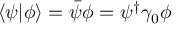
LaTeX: \langle \psi | \phi \rangle = { \bar { \psi } } \phi = \psi ^ { \dagger } \gamma _ { 0 } \phi